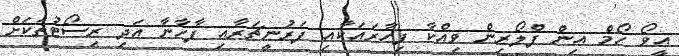
އީވޯ ހޯމް އިން ފްލޯރިން ވިއްކާ ފިހާރައަކާއި ފަރުނީޗަރާއި ފާހާނާ އަދި ރިސޯޓުތަކަށް